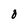
Character: 0